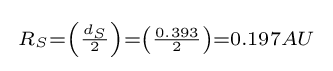
{\begin{smallmatrix}R_{S}={\left({\frac {d_{S}}{2}}\right)}={\left({\frac {0.393}{2}}\right)}=0.197AU\end{smallmatrix}}